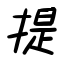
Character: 提